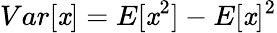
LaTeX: {Var}[\mathit{x}]={E}[\mathit{x}^{2}]-{E}[\mathit{x}]^{2}